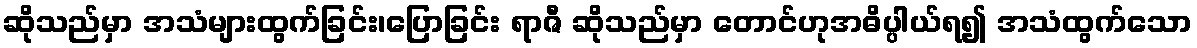
ဆိုသည်မှာ အသံများထွက်ခြင်း၊ပြောခြင်း ရာဇီ ဆိုသည်မှာ တောင်ဟုအဓိပ္ပါယ်ရ၍ အသံထွက်သော